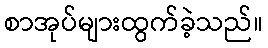
စာအုပ်များထွက်ခဲ့သည်။